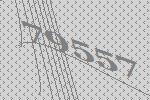
79557